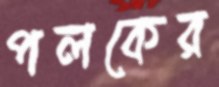
পলকের